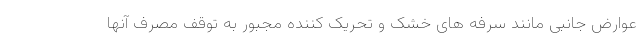
عوارض جانبی مانند سرفه های خشک و تحریک کننده مجبور به توقف مصرف آنها